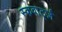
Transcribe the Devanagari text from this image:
स्कवार्ट्ज़